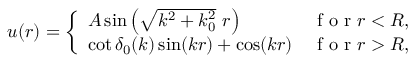
u ( r ) = \left\{ \begin{array} { l l } { A \sin \left( \sqrt { k ^ { 2 } + k _ { 0 } ^ { 2 } } \ r \right) } & { \mathrm { ~ f ~ o ~ r ~ } r < R , } \\ { \cot \delta _ { 0 } ( k ) \sin ( k r ) + \cos ( k r ) } & { \mathrm { ~ f ~ o ~ r ~ } r > R , } \end{array} \right.